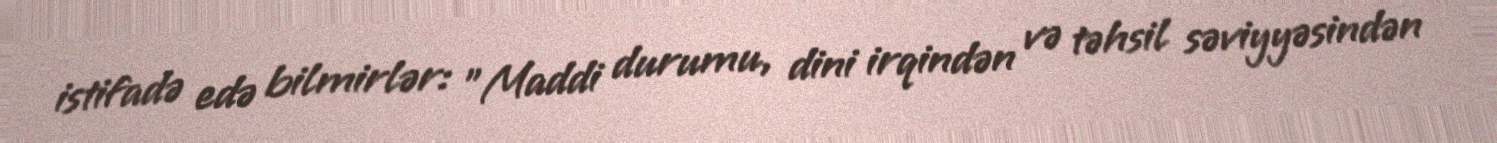
istifadə edə bilmirlər: "Maddi durumu, dini irqindən və təhsil səviyyəsindən